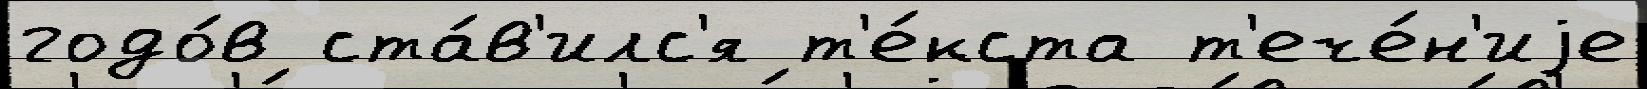
годо́в ста́в'илс'я т'е́кста т'ече́н'иjе